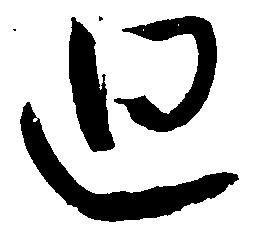
廻